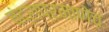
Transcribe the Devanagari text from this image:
चंद्राप्रमाणेच